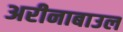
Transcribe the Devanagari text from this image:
अरीनाबाउल